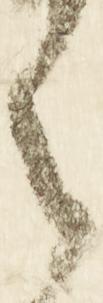
之